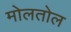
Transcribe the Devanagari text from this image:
मोलतोल